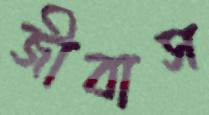
জীবাস